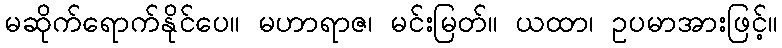
မဆိုက်ရောက်နိုင်ပေ။ မဟာရာဇ၊ မင်းမြတ်။ ယထာ၊ ဥပမာအားဖြင့်။